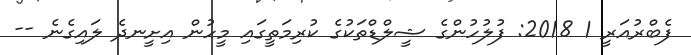
ފެބްރުއަރީ 1 2018: ފުލުހުންގެ ޝީލްޑްތަކުގެ ކުރިމަތީގައި މީހުން އިށީނދެ ލައިގެނެ --